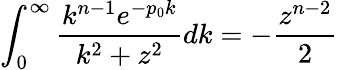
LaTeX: \int_{0}^{\infty}\frac{k^{n-1}e^{-p_{0}k}}{k^{2}+z^{2}}dk=-\frac{z^{n-2}}{2}